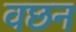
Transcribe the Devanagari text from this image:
वछन